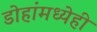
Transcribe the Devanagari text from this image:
डोहांमध्येही